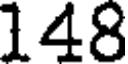
148